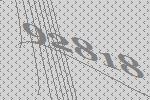
92818